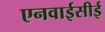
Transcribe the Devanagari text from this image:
एनवाईसीई